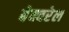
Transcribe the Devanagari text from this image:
बेक्वरेल